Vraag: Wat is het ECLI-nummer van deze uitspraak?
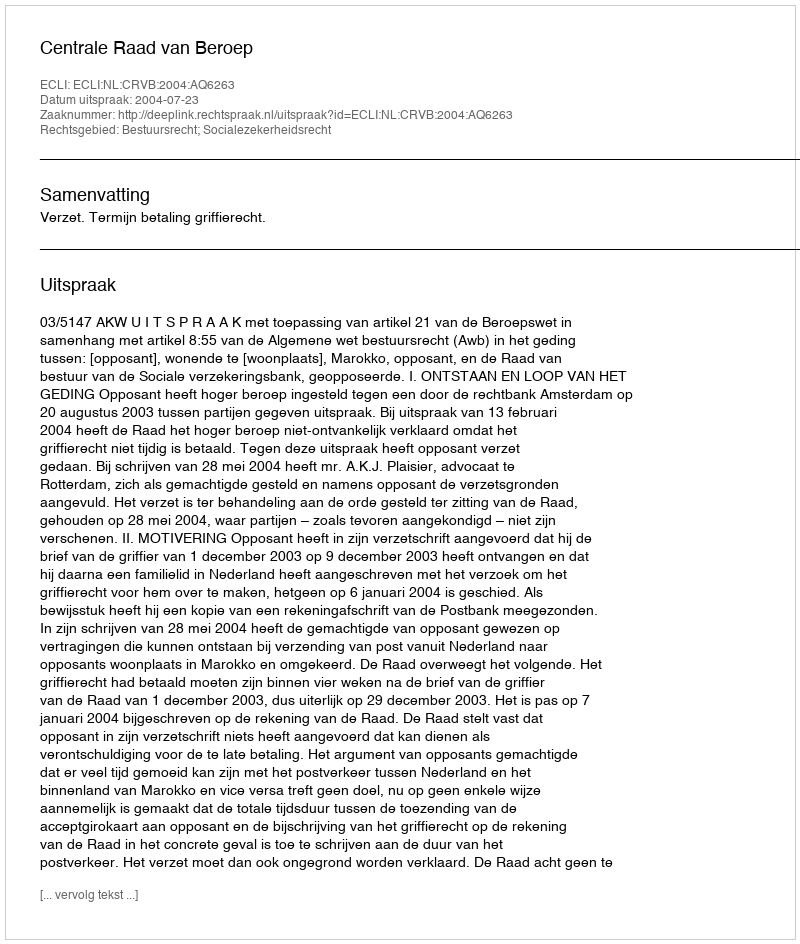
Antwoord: ECLI:NL:CRVB:2004:AQ6263